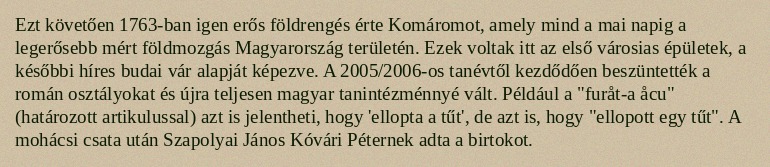
Ezt követően 1763-ban igen erős földrengés érte Komáromot, amely mind a mai napig a legerősebb mért földmozgás Magyarország területén. Ezek voltak itt az első városias épületek, a későbbi híres budai vár alapját képezve. A 2005/2006-os tanévtől kezdődően beszüntették a román osztályokat és újra teljesen magyar tanintézménnyé vált. Például a "furåt-a åcu" (határozott artikulussal) azt is jelentheti, hogy 'ellopta a tűt', de azt is, hogy "ellopott egy tűt". A mohácsi csata után Szapolyai János Kóvári Péternek adta a birtokot.